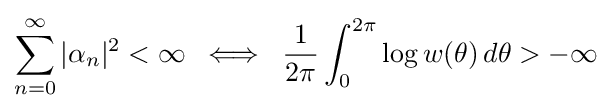
\sum _{n=0}^{\infty }|\alpha _{n}|^{2}<\infty \;\iff \;{\frac {1}{2\pi }}\int _{0}^{2\pi }\log w(\theta )\,d\theta >-\infty